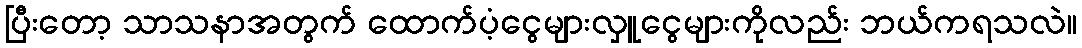
ပြီးတော့ သာသနာအတွက် ထောက်ပံ့ငွေများလှူငွေများကိုလည်း ဘယ်ကရသလဲ။